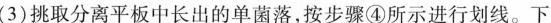
(3)挑取分离平板中长出的单菌落，按步骤④所示进行划线。下列